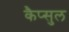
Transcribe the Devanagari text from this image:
कैप्सुल